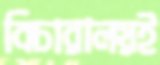
বিচারালয়ই